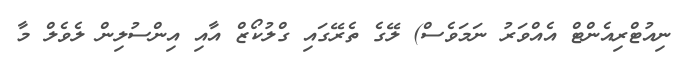
ނިއުޓްރިއެންޓް އެއްވަރު ނަމަވެސް) ލޭގެ ތެރޭގައި ގްލުކޯޒް އާއި އިންސުލިން ލެވެލް މާ